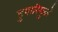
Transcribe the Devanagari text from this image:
हुषारिमुळे